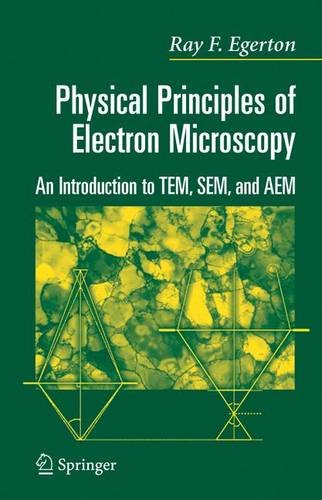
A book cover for Physical Principles of Electron Microscopy: An Introduction to TEM, SEM, and AEM; Ray Egerton; Science & Math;